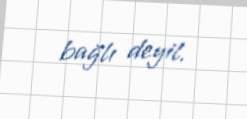
bağlı deyil.